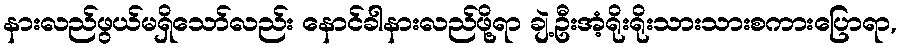
နားလည်ဖွယ်မရှိသော်လည်း နောင်ခါနားလည်ဖို့ရာ ချဲ့ဦးအံ့ရိုးရိုးသားသားစကားပြောရာ,